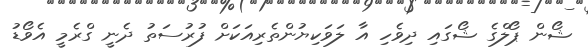
ޝޯން ޕޯލްގެ ޝޯގައި ދިވެހި އާ ލަވަކިޔުންތެރިއަކަށް ފުރުސަތު ދެނީ ގްރެމީ އެވޯޑު